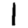
Digit: 1